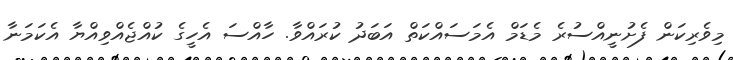
މިވެރިކަން ފެށުނީއްސުރެ މެޑަމް އެމަސައްކަތް އަބަދު ކުރައްވާ. ހާއްސަ އެހީގެ ކުއްޖެއްވިއްޔާ އެކަމަނާ